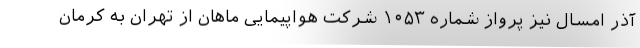
آذر امسال نیز پرواز شماره ۱۰۵۳ شرکت هواپیمایی ماهان از تهران به کرمان